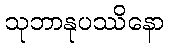
သုဘာနုပဿိနော